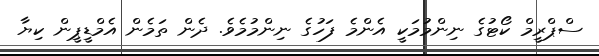
ސްޕްރީމް ކޯޓުގެ ނިންމުމަކީ އެންމެ ފަހުގެ ނިންމުމެވެ. ދެން ތަމެން އެމްޑީޕީން ކިޔާ